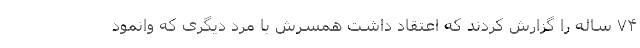
۷۴ ساله را گزارش کردند که اعتقاد داشت همسرش با مرد دیگری که وانمود